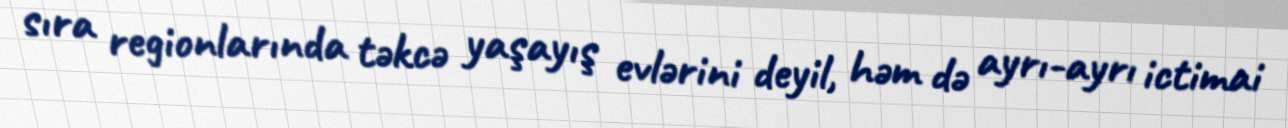
sıra regionlarında təkcə yaşayış evlərini deyil, həm də ayrı-ayrı ictimai